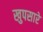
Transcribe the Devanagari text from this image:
खुपसारे